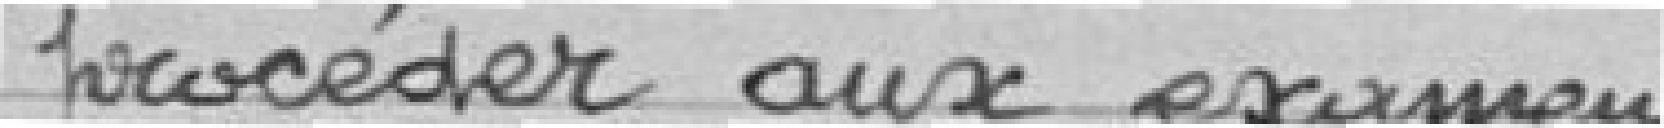
procéder aux examens